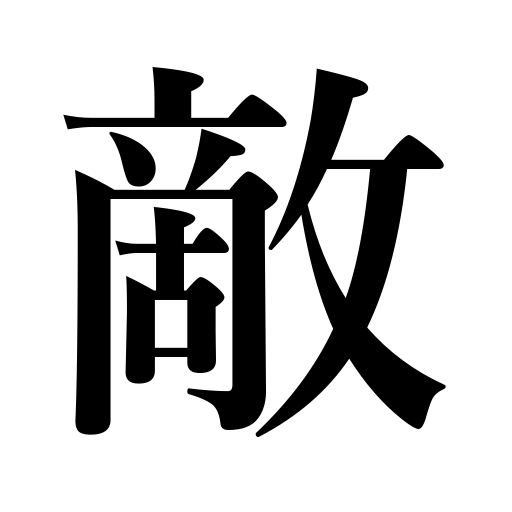
Meanings: competitor,opponent,foe,revenge,enemy